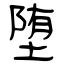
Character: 堕